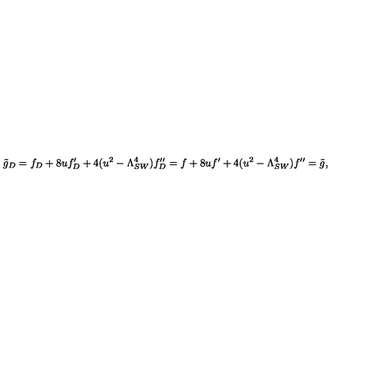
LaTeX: \tilde { g } _ { D } = f _ { D } + 8 u f _ { D } ^ { \prime } + 4 ( u ^ { 2 } - \Lambda _ { S W } ^ { 4 } ) f _ { D } ^ { \prime \prime } = f + 8 u f ^ { \prime } + 4 ( u ^ { 2 } - \Lambda _ { S W } ^ { 4 } ) f ^ { \prime \prime } = \tilde { g } ,